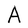
Character: A